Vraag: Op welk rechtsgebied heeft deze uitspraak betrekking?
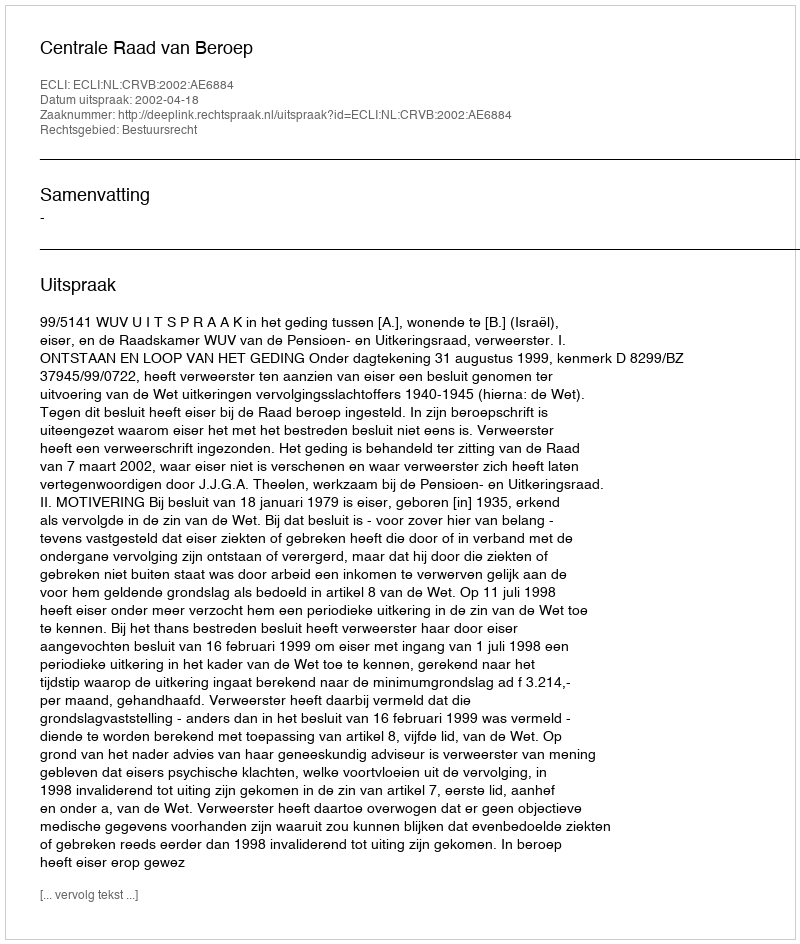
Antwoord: Bestuursrecht